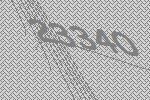
23340